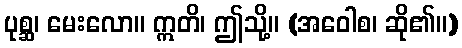
ပုစ္ဆ၊ မေးလော။ ဣတိ၊ ဤသို့။ (အဝေါစ၊ ဆို၏။)